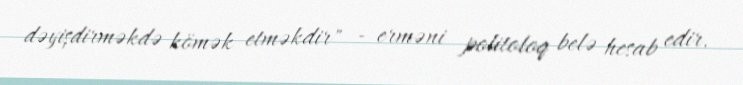
dəyişdirməkdə kömək etməkdir" - erməni politoloq belə hesab edir.